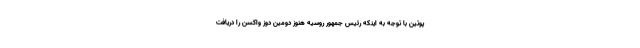
پوتین با توجه به اینکه رئیس جمهور روسیه هنوز دومین دوز واکسن را دریافت